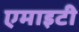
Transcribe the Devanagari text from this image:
एमाइटी